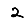
Digit: 2